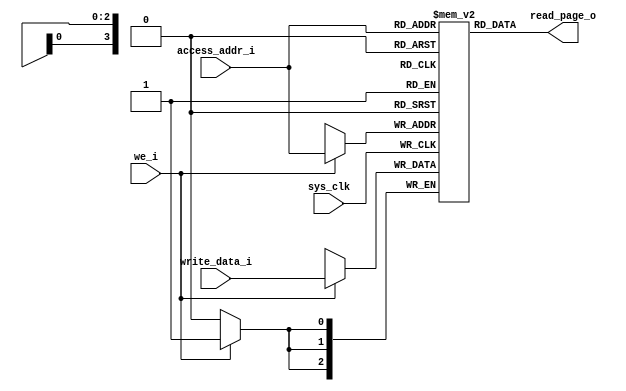
// Synchronous write and asynchronous read
module rdAsync_lutMem_1bankX1port #(
	parameter QUAN_SIZE = 3,
    parameter PAGE_NUM = 16,
	parameter ADDR_BITWIDTH = 4
) (
    output wire [QUAN_SIZE-1:0] read_page_o,
 
    input wire [QUAN_SIZE-1:0] write_data_i,
    input wire [ADDR_BITWIDTH-1:0] access_addr_i,
    input wire we_i,
    input wire sys_clk
);

(* ram_style = "distributed" *) reg [QUAN_SIZE-1:0] mem [0:PAGE_NUM-1];

always @(posedge sys_clk) begin
    if(we_i == 1'b1)
        mem[access_addr_i] <= write_data_i[QUAN_SIZE-1:0];
end

assign read_page_o[QUAN_SIZE-1:0] = mem[access_addr_i];
endmodule